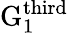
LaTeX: \mathrm{G}_{1}^{\mathrm{third}}